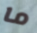
ما